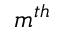
m ^ { t h }